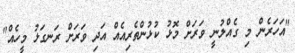
"އަހަރެން މި ގެއްލުނީ ވަރަށް މޮޅު ކުޅުންތެރިއެއް އަދި ވަރަށް ރަނގަޅު މީހެއް"